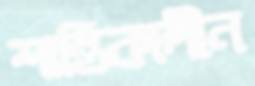
শান্তিকালীন